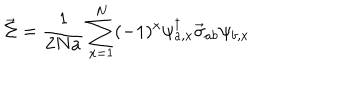
LaTeX: \vec { \Sigma } = \frac { 1 } { 2 N a } \sum _ { x = 1 } ^ { N } ( - 1 ) ^ { x } \psi _ { a , x } ^ { \dagger } \vec { \sigma } _ { a b } \psi _ { b , x }